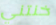
خنتني